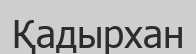
Қадырхан